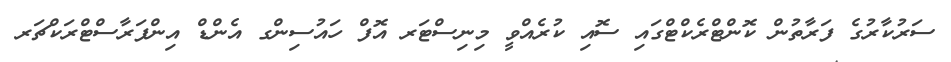
ސަރުކާރުގެ ފަރާތުން ކޮންޓްރެކްޓްގައި ސޮއި ކުރެއްވީ މިނިސްޓަރ އޮފް ހައުސިންގ އެންޑް އިންފަރާސްޓްރަކްޗަރ